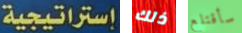
إستراتيجية ذلك سأقتلع